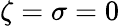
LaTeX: \zeta=\sigma=0